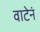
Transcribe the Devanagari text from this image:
वाटेनं